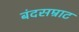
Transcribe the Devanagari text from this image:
बंदसम्राट